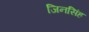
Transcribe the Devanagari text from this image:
जिनसिंह